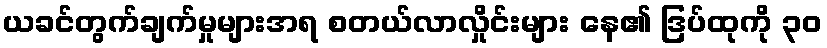
ယခင်တွက်ချက်မှုများအရ စတယ်လာလှိုင်းများ နေ၏ ဒြပ်ထုကို ၃၀